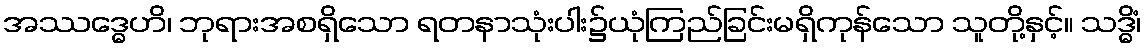
အဿဒ္ဓေဟိ၊ ဘုရားအစရှိသော ရတနာသုံးပါး၌ယုံကြည်ခြင်းမရှိကုန်သော သူတို့နှင့်။ သဒ္ဓိံ၊